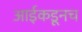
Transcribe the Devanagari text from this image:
आईकडूनच